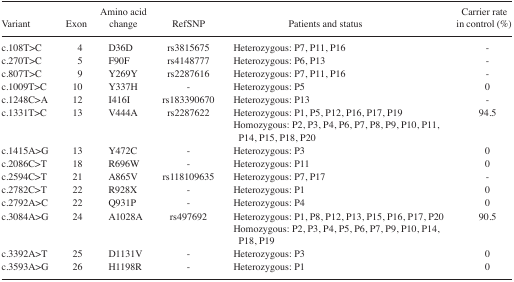
<table><thead><tr><td><b>Variant</b></td><td><b>Exon</b></td><td><b>Amino acid change</b></td><td><b>RefSNP</b></td><td><b>Patients and status</b></td><td><b>Carrier rate in control (%)</b></td></tr></thead><tbody><tr><td>c.108T&gt;C</td><td>4</td><td>D36D</td><td>rs3815675</td><td>Heterozygous: P7, P11, P16</td><td>-</td></tr><tr><td>c.270T&gt;C</td><td>5</td><td>F90F</td><td>rs4148777</td><td>Heterozygous: P6, P13</td><td>-</td></tr><tr><td>c.807T&gt;C</td><td>9</td><td>Y269Y</td><td>rs2287616</td><td>Heterozygous: P7, P11, P16</td><td>-</td></tr><tr><td>c.1009T&gt;C</td><td>10</td><td>Y337H</td><td>-</td><td>Heterozygous: P5</td><td>0</td></tr><tr><td>c.1248C&gt;A</td><td>12</td><td>I416I</td><td>rs183390670</td><td>Heterozygous: P13</td><td>-</td></tr><tr><td>c.1331T&gt;C</td><td>13</td><td>V444A</td><td>rs2287622</td><td>Heterozygous: P1, P5, P12, P16, P17, P19Homozygous: P2, P3, P4, P6, P7, P8, P9, P10, P11, P14, P15, P18, P20</td><td>94.5</td></tr><tr><td>c.1415A&gt;G</td><td>13</td><td>Y472C</td><td>-</td><td>Heterozygous: P3</td><td>0</td></tr><tr><td>c.2086C&gt;T</td><td>18</td><td>R696W</td><td>-</td><td>Heterozygous: P11</td><td>0</td></tr><tr><td>c.2594C&gt;T</td><td>21</td><td>A865V</td><td>rs118109635</td><td>Heterozygous: P7, P17</td><td>-</td></tr><tr><td>c.2782C&gt;T</td><td>22</td><td>R928X</td><td>-</td><td>Heterozygous: P1</td><td>0</td></tr><tr><td>c.2792A&gt;C</td><td>22</td><td>Q931P</td><td>-</td><td>Heterozygous: P4</td><td>0</td></tr><tr><td>c.3084A&gt;G</td><td>24</td><td>A1028A</td><td>rs497692</td><td>Heterozygous: P1, P8, P12, P13, P15, P16, P17, P20Homozygous: P2, P3, P4, P5, P6, P7, P9, P10, P14, P18, P19</td><td>90.5</td></tr><tr><td>c.3392A&gt;T</td><td>25</td><td>D1131V</td><td>-</td><td>Heterozygous: P3</td><td>0</td></tr><tr><td>c.3593A&gt;G</td><td>26</td><td>H1198R</td><td>-</td><td>Heterozygous: P1</td><td>0</td></tr></tbody></table>